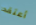
أعتقد